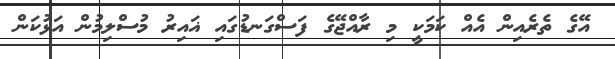
އޭގެ ތެރެއިން އެއް ކަމަކީ މި ރާއްޖޭގެ ފަސްގަނޑުގައި ޣައިރު މުސްލިމުން އަޅުކަން